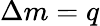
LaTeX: \Delta m=q